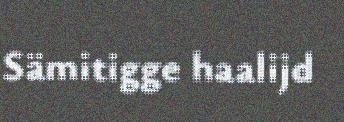
Sämitigge haalijd